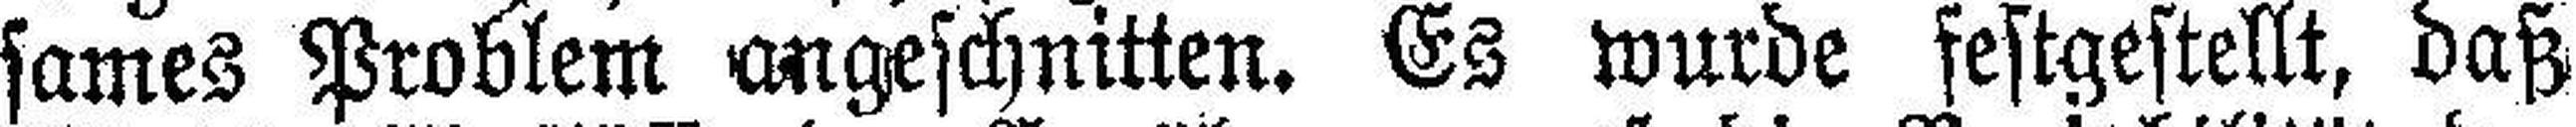
sames Problem angeschnitten. Es wurde festgestellt, daß